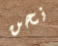
نحن